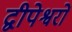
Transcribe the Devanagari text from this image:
द्वीपेश्वरों